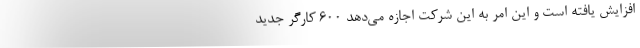
افزایش یافته است و این امر به این شرکت اجازه می‌دهد 600 کارگر جدید